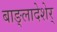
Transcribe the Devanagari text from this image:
बाङ्लादेशेर्